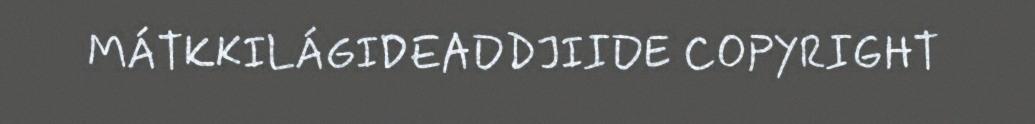
MÁTKKILÁGIDEADDJIIDE COPYRIGHT